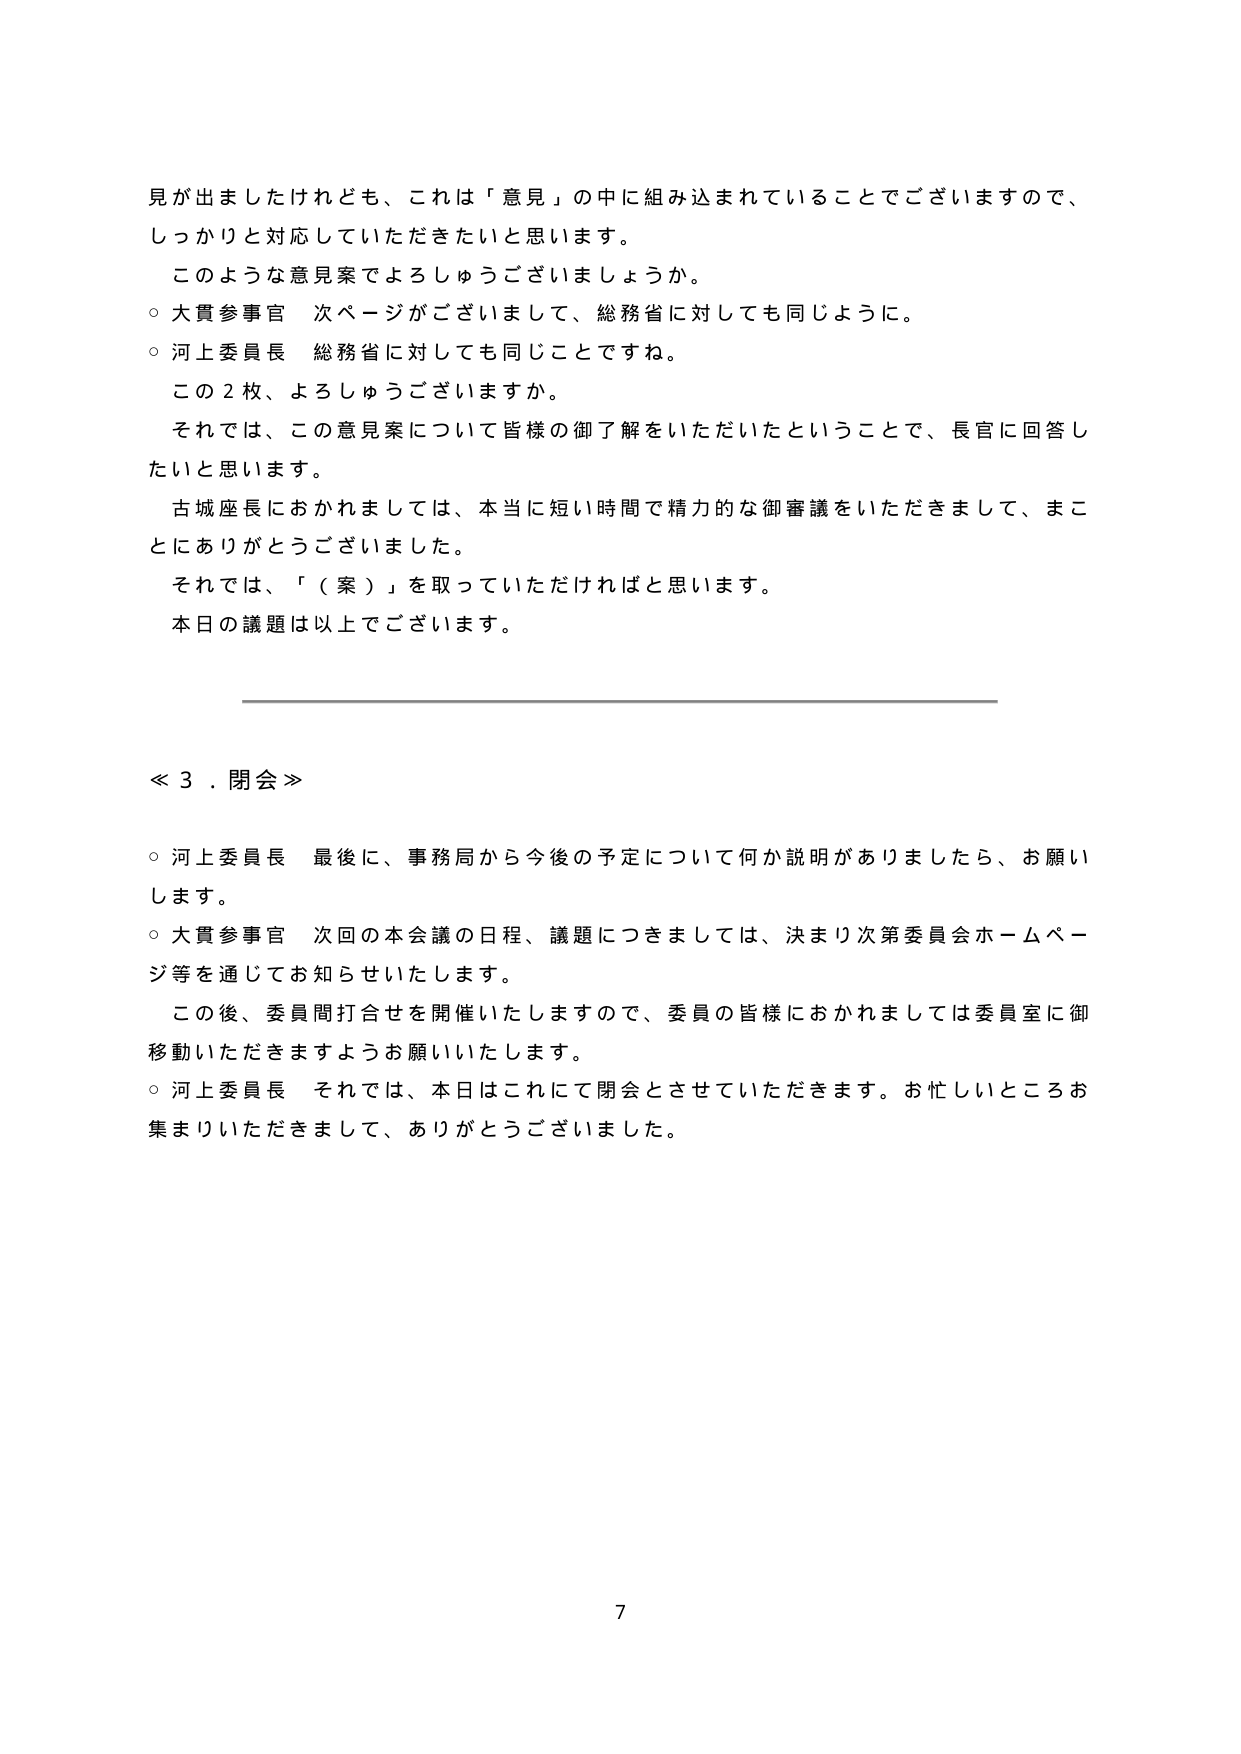
見が出ましたけれども、これは「意見」の中に組み込まれていることでございますので、
しっかり対応していただきたいと思います。
このような意見案でよろしゅうございますでしょうか。
○ 大貫参事官 次ページがございまして、総務省に対しても同じように。
○ 河上委員長 総務省に対しても同じことですね。
この２枚、よろしゅうございますか。
それでは、この意見案について皆様の御了解をいただいたということで、長官に回答し
たいと思います。
古城座長におかれましては、本当に短い時間で精力的な御審議をいただきまして、まこ
とにありがとうございます。
それでは、「（案）」を取っていただければと思います。
本日の議題は以上でございます。

≪３．閉会≫
○ 河上委員長 最後に、事務局から今後の予定について何か説明がありましたら、お願い
します。
○ 大貫参事官 次回の本会議の日程、議題につきましては、決まり次第委員会ホームペー
ジ等を通じてお知らせいたします。
この後、委員間打合せを開催いたしますので、委員の皆様におかれましては委員室に御
移動いただきますようお願いいたします。
○ 河上委員長 それでは、本日はこれにて閉会とさせていただきます。お忙しいところお
集まりいただきまして、ありがとうございました。

7